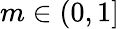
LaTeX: m\in(0,1]